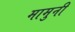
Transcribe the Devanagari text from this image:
मामुनी